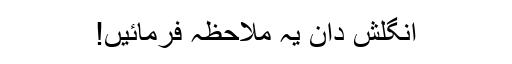
انگلش دان یہ ملاحظہ فرمائیں!